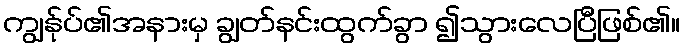
ကျွန်ုပ်၏အနားမှ ချွတ်နင်းထွက်ခွာ ၍သွားလေပြီဖြစ်၏။